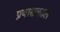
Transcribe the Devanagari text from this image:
प्रवासकाल